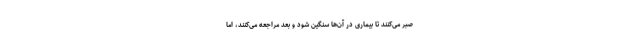
صبر می‌کنند تا بیماری در آن‌ها سنگین شود و بعد مراجعه می‌کنند، اما